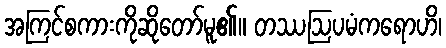
အကြင်စကားကိုဆိုတော်မူ၏။ တဿဩပမံကရောဟိ၊